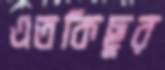
এতকিছুর